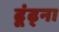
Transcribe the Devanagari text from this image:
ढूंढ्ना